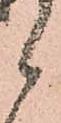
候